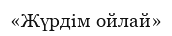
«Жүрдім ойлай»